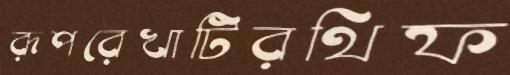
রূপরেখাটিরথিফ